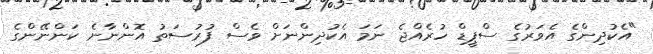
"އެކުދިންގެ އެވަރުގެ ސްޕީޑް ހުރެއްޖެ ނަމަ އެކުދިންނަށް ވެސް ފުރުސަތު އޮންނާނެ ކަންނޭންގެ